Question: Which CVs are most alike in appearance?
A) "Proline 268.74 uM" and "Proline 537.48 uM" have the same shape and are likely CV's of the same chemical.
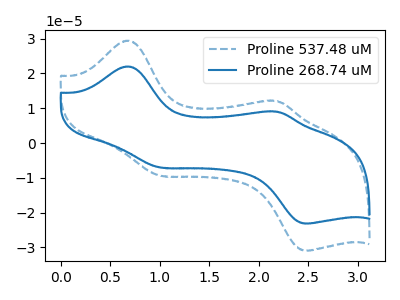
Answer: <think>The blue dashed curve "Proline 537.48 uM" has anodic peaks at (0.70V, 29.40uA) (2.20V, 12.00uA) and cathodic peaks at (1.00V, -9.35uA) (2.50V, -30.90uA). The blue curve "Proline 268.74 uM" has anodic peaks at (0.70V, 22.00uA) (2.20V, 9.00uA) and cathodic peaks at (1.00V, -7.00uA) (2.50V, -23.10uA).
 All the peaks in "Proline 537.48 uM" have a peak in "Proline 268.74 uM" at the same potential. Every peak in "Proline 537.48 uM" is higher than every peak in "Proline 268.74 uM".</think>
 <answer>A) "Proline 268.74 uM" and "Proline 537.48 uM" have the same shape and are likely CV's of the same chemical.</answer>
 <eval>A</eval>